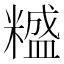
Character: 𥼵